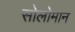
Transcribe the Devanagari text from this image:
सोलोमान